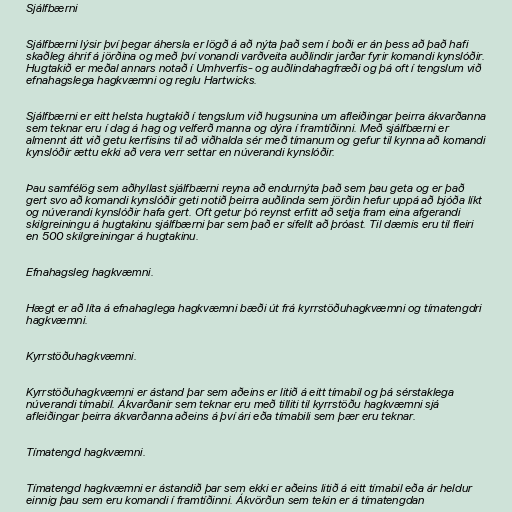
Sjálfbærni

Sjálfbærni lýsir því þegar áhersla er lögð á að nýta það sem í boði er án þess að það hafi
skaðleg áhrif á jörðina og með því vonandi varðveita auðlindir jarðar fyrir komandi kynslóðir.
Hugtakið er meðal annars notað í Umhverfis- og auðlindahagfræði og þá oft í tengslum við
efnahagslega hagkvæmni og reglu Hartwicks.

Sjálfbærni er eitt helsta hugtakið í tengslum við hugsunina um afleiðingar þeirra ákvarðanna
sem teknar eru í dag á hag og velferð manna og dýra í framtíðinni. Með sjálfbærni er
almennt átt við getu kerfisins til að viðhalda sér með tímanum og gefur til kynna að komandi
kynslóðir ættu ekki að vera verr settar en núverandi kynslóðir.

Þau samfélög sem aðhyllast sjálfbærni reyna að endurnýta það sem þau geta og er það
gert svo að komandi kynslóðir geti notið þeirra auðlinda sem jörðin hefur uppá að bjóða líkt
og núverandi kynslóðir hafa gert. Oft getur þó reynst erfitt að setja fram eina afgerandi
skilgreiningu á hugtakinu sjálfbærni þar sem það er sífellt að þróast. Til dæmis eru til fleiri
en 500 skilgreiningar á hugtakinu.

Efnahagsleg hagkvæmni.

Hægt er að líta á efnahaglega hagkvæmni bæði út frá kyrrstöðuhagkvæmni og tímatengdri
hagkvæmni.

Kyrrstöðuhagkvæmni.

Kyrrstöðuhagkvæmni er ástand þar sem aðeins er litið á eitt tímabil og þá sérstaklega
núverandi tímabil. Ákvarðanir sem teknar eru með tilliti til kyrrstöðu hagkvæmni sjá
afleiðingar þeirra ákvarðanna aðeins á því ári eða tímabili sem þær eru teknar.

Tímatengd hagkvæmni.

Tímatengd hagkvæmni er ástandið þar sem ekki er aðeins litið á eitt tímabil eða ár heldur
einnig þau sem eru komandi í framtíðinni. Ákvörðun sem tekin er á tímatengdan